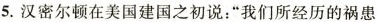
5.汉密尔顿在美国建国之初说：”我们所经历的祸患